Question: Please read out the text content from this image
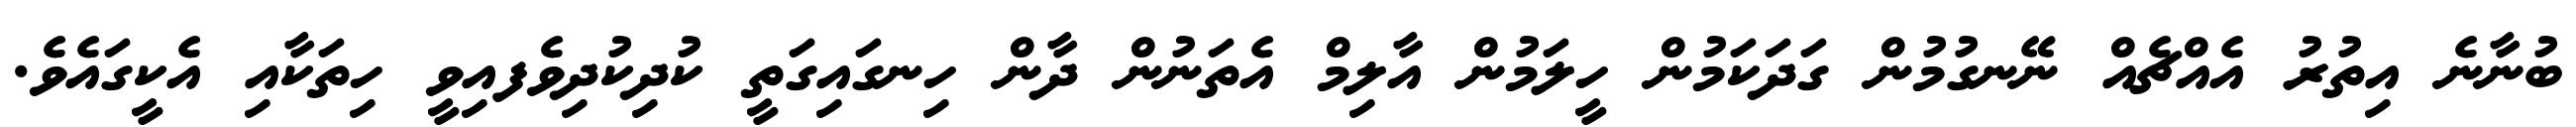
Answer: ބުނާނެ އިތުރު އެއްޗެއް ނޭނގުމުން ގަދަކަމުން ހީލަމުން އާލިމް އެތަނުން ދާން ހިނގައިގަތީ ކުދިކުދިވެފއިވީ ހިތަކާއި އެކީގައެވެ.